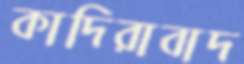
কাদিরাবাদ